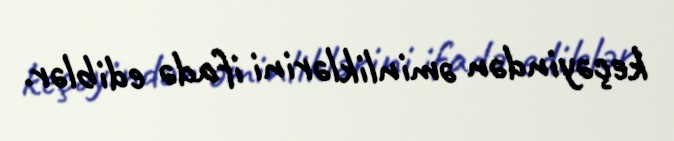
keçəyindən əminliklərini ifadə ediblər.